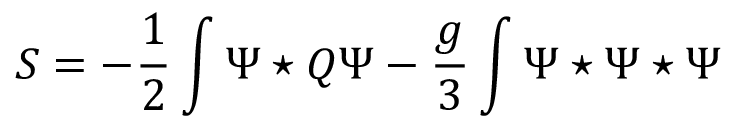
S = - \frac { 1 } { 2 } \int \Psi \star Q \Psi - \frac { g } { 3 } \int \Psi \star \Psi \star \Psi